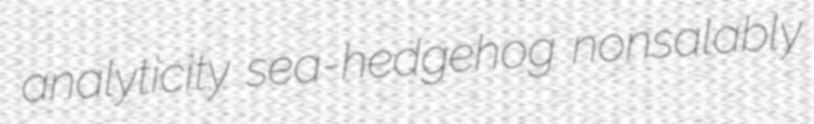
analyticity sea-hedgehog nonsalably